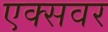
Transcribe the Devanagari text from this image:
एक्सवर